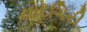
યાદગિરી